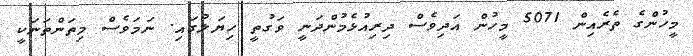
މީހުންގެ ތެރެއިން 5071 މީހުން އަދިވެސް ދިރިއުޅެމުންދަނީ ވަގުތީ ހިޔަލުގައި. ނަމަވެސް މިތަންތަނަކީ